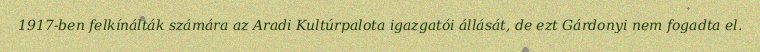
1917-ben felkínálták számára az Aradi Kultúrpalota igazgatói állását, de ezt Gárdonyi nem fogadta el.